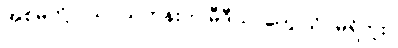
အစ်မတို့ ငယ်ငယ်တုန်းက မီဒီယာတွေ သိပ်မရှိဘူး။